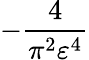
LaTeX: -\frac{4}{\pi^{2}\varepsilon^{4}}